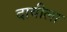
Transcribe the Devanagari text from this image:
दावीला